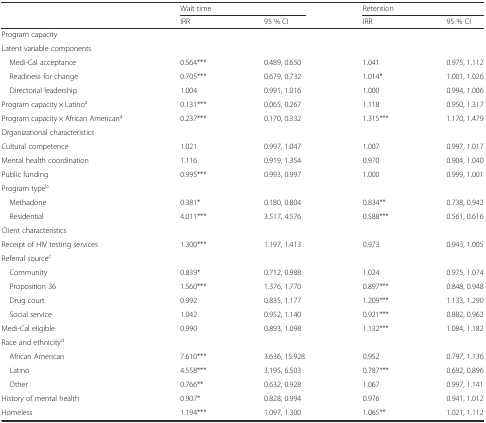
<table><thead><tr><td></td><td colspan="2"><b>Wait time</b></td><td colspan="2"><b>Retention</b></td></tr><tr><td></td><td><b>IRR</b></td><td><b>95 % CI</b></td><td><b>IRR</b></td><td><b>95 % CI</b></td></tr></thead><tbody><tr><td colspan="5">Program capacity</td></tr><tr><td colspan="5">Latent variable components</td></tr><tr><td> Medi-Cal acceptance</td><td>0.564***</td><td>0.489, 0.650</td><td>1.041</td><td>0.975, 1.112</td></tr><tr><td> Readiness for change</td><td>0.705***</td><td>0.679, 0.732</td><td>1.014*</td><td>1.001, 1.026</td></tr><tr><td> Directorial leadership</td><td>1.004</td><td>0.991, 1.016</td><td>1.000</td><td>0.994, 1.006</td></tr><tr><td>Program capacity × Latino<sup>a</sup></td><td>0.131***</td><td>0.065, 0.267</td><td>1.118</td><td>0.950, 1.317</td></tr><tr><td>Program capacity × African American<sup>a</sup></td><td>0.237***</td><td>0.170, 0.332</td><td>1.315***</td><td>1.170, 1.479</td></tr><tr><td colspan="5">Organizational characteristics</td></tr><tr><td>Cultural competence</td><td>1.021</td><td>0.997, 1.047</td><td>1.007</td><td>0.997, 1.017</td></tr><tr><td>Mental health coordination</td><td>1.116</td><td>0.919, 1.354</td><td>0.970</td><td>0.904, 1.040</td></tr><tr><td>Public funding</td><td>0.995***</td><td>0.993, 0.997</td><td>1.000</td><td>0.999, 1.001</td></tr><tr><td colspan="5">Program type<sup>b</sup></td></tr><tr><td> Methadone</td><td>0.381*</td><td>0.180, 0.804</td><td>0.834**</td><td>0.738, 0.942</td></tr><tr><td> Residential</td><td>4.011***</td><td>3.517, 4.576</td><td>0.588***</td><td>0.561, 0.616</td></tr><tr><td colspan="5">Client characteristics</td></tr><tr><td>Receipt of HIV testing services</td><td>1.300***</td><td>1.197, 1.413</td><td>0.973</td><td>0.943, 1.005</td></tr><tr><td colspan="5">Referral source<sup>c</sup></td></tr><tr><td> Community</td><td>0.839*</td><td>0.712, 0.988</td><td>1.024</td><td>0.975, 1.074</td></tr><tr><td> Proposition 36</td><td>1.560***</td><td>1.376, 1.770</td><td>0.897***</td><td>0.848, 0.948</td></tr><tr><td> Drug court</td><td>0.992</td><td>0.835, 1.177</td><td>1.209***</td><td>1.133, 1.290</td></tr><tr><td> Social service</td><td>1.042</td><td>0.952, 1.140</td><td>0.921***</td><td>0.882, 0.962</td></tr><tr><td>Medi-Cal eligible</td><td>0.990</td><td>0.893, 1.098</td><td>1.132***</td><td>1.084, 1.182</td></tr><tr><td colspan="5">Race and ethnicity<sup>d</sup></td></tr><tr><td> African American</td><td>7.610***</td><td>3.636, 15.928</td><td>0.952</td><td>0.797, 1.136</td></tr><tr><td> Latino</td><td>4.558***</td><td>3.195, 6.503</td><td>0.787***</td><td>0.692, 0.896</td></tr><tr><td> Other</td><td>0.766**</td><td>0.632, 0.928</td><td>1.067</td><td>0.997, 1.141</td></tr><tr><td>History of mental health</td><td>0.907*</td><td>0.828, 0.994</td><td>0.976</td><td>0.941, 1.012</td></tr><tr><td>Homeless</td><td>1.194***</td><td>1.097, 1.300</td><td>1.065**</td><td>1.021, 1.112</td></tr></tbody></table>